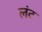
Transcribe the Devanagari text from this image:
लंट